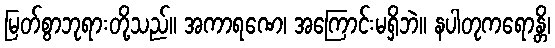
မြတ်စွာဘုရားတို့သည်။ အကာရဏေ၊ အကြောင်းမရှိဘဲ။ နပါတုကရောန္တိ၊